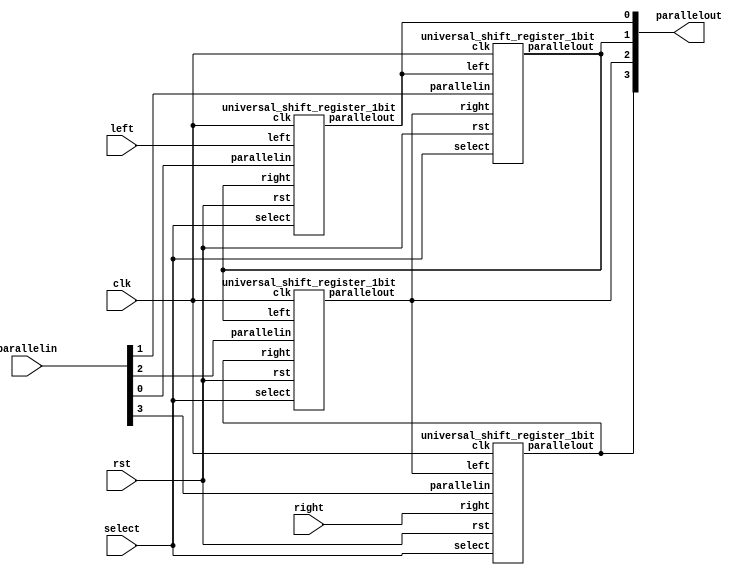
`timescale 1ns / 1ps
module usr_nbit(select, parallelin, left, right, parallelout, clk, rst);
  parameter size = 4;
  input [1:0]select;
  input [size-1:0] parallelin;
  input left;
  input right;
  input clk,rst;
  output [size-1:0] parallelout;

genvar i;

universal_shift_register_1bit m0(.select(select),.parallelin(parallelin[0]),.left(left),.right(parallelout[1]),.parallelout(parallelout[0]),.clk(clk),.rst(rst));

generate for (i=1;i<=size-2;i=i+1)
	begin
		universal_shift_register_1bit m1(.select(select),.parallelin(parallelin[i]),.left(parallelout[i-1]),.right(parallelout[i+1]),.parallelout(parallelout[i]),.clk(clk),.rst(rst));
  	end
endgenerate

universal_shift_register_1bit mn(.select(select),.parallelin(parallelin[size-1]),.left(parallelout[size-2]),.right(right),.parallelout(parallelout[size-1]),.clk(clk),.rst(rst));
endmodule

module universal_shift_register_1bit(select, parallelin, left, right, parallelout, clk, rst);
  input [1:0] select; 
  input parallelin;
  input left;
  input right;
  input clk,rst;
  output parallelout;
  reg parallelout;
  always @(posedge clk)
    begin
	if (rst)
	begin
		parallelout<=1'b0;
	end
	else
	begin
		case(select)
			2'b00:
			begin
				parallelout <= parallelout;
                        end
                        2'b10:
                        begin
                        	parallelout <= left;
        		end
      			2'b01:
        		begin
          			parallelout <= right;
        		end
      			2'b11:
        		begin
          			parallelout <= parallelin;
        		end
		endcase
	end
      
    end
endmodule